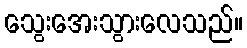
သွေးအေးသွားလေသည်။